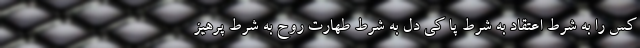
کس را به شرط اعتقاد به شرط پا کی دل به شرط طهارت روح به شرط پرهیز